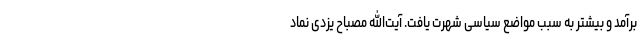
برآمد و بیشتر به سبب مواضع سیاسی شهرت یافت. آیت‌الله مصباح یزدی نماد